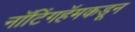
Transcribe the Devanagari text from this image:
नॉटिंगहॅमकडून